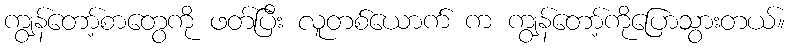
ကျွန်တော့်စာတွေကို ဖတ်ပြီး လူတစ်ယောက် က ကျွန်တော့်ကိုပြောသွားတယ်။